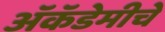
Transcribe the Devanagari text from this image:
अॅकॅडेमीचे